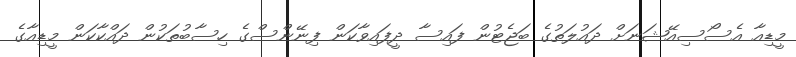
މީޑިއާ އެސޯސިއޭޝަނަށް ދައުލަތުގެ ބަޖެޓުން ފައިސާ ދީފައިވާކަން ފިނޭންސްގެ ހިސާބުތަކުން ދައްކާކަން މީޑިއާގެ